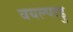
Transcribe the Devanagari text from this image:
वयल्पाडु